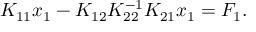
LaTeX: K _ { 1 1 } x _ { 1 } - K _ { 1 2 } K _ { 2 2 } ^ { - 1 } K _ { 2 1 } x _ { 1 } = F _ { 1 } .